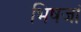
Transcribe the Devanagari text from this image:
भिषजां